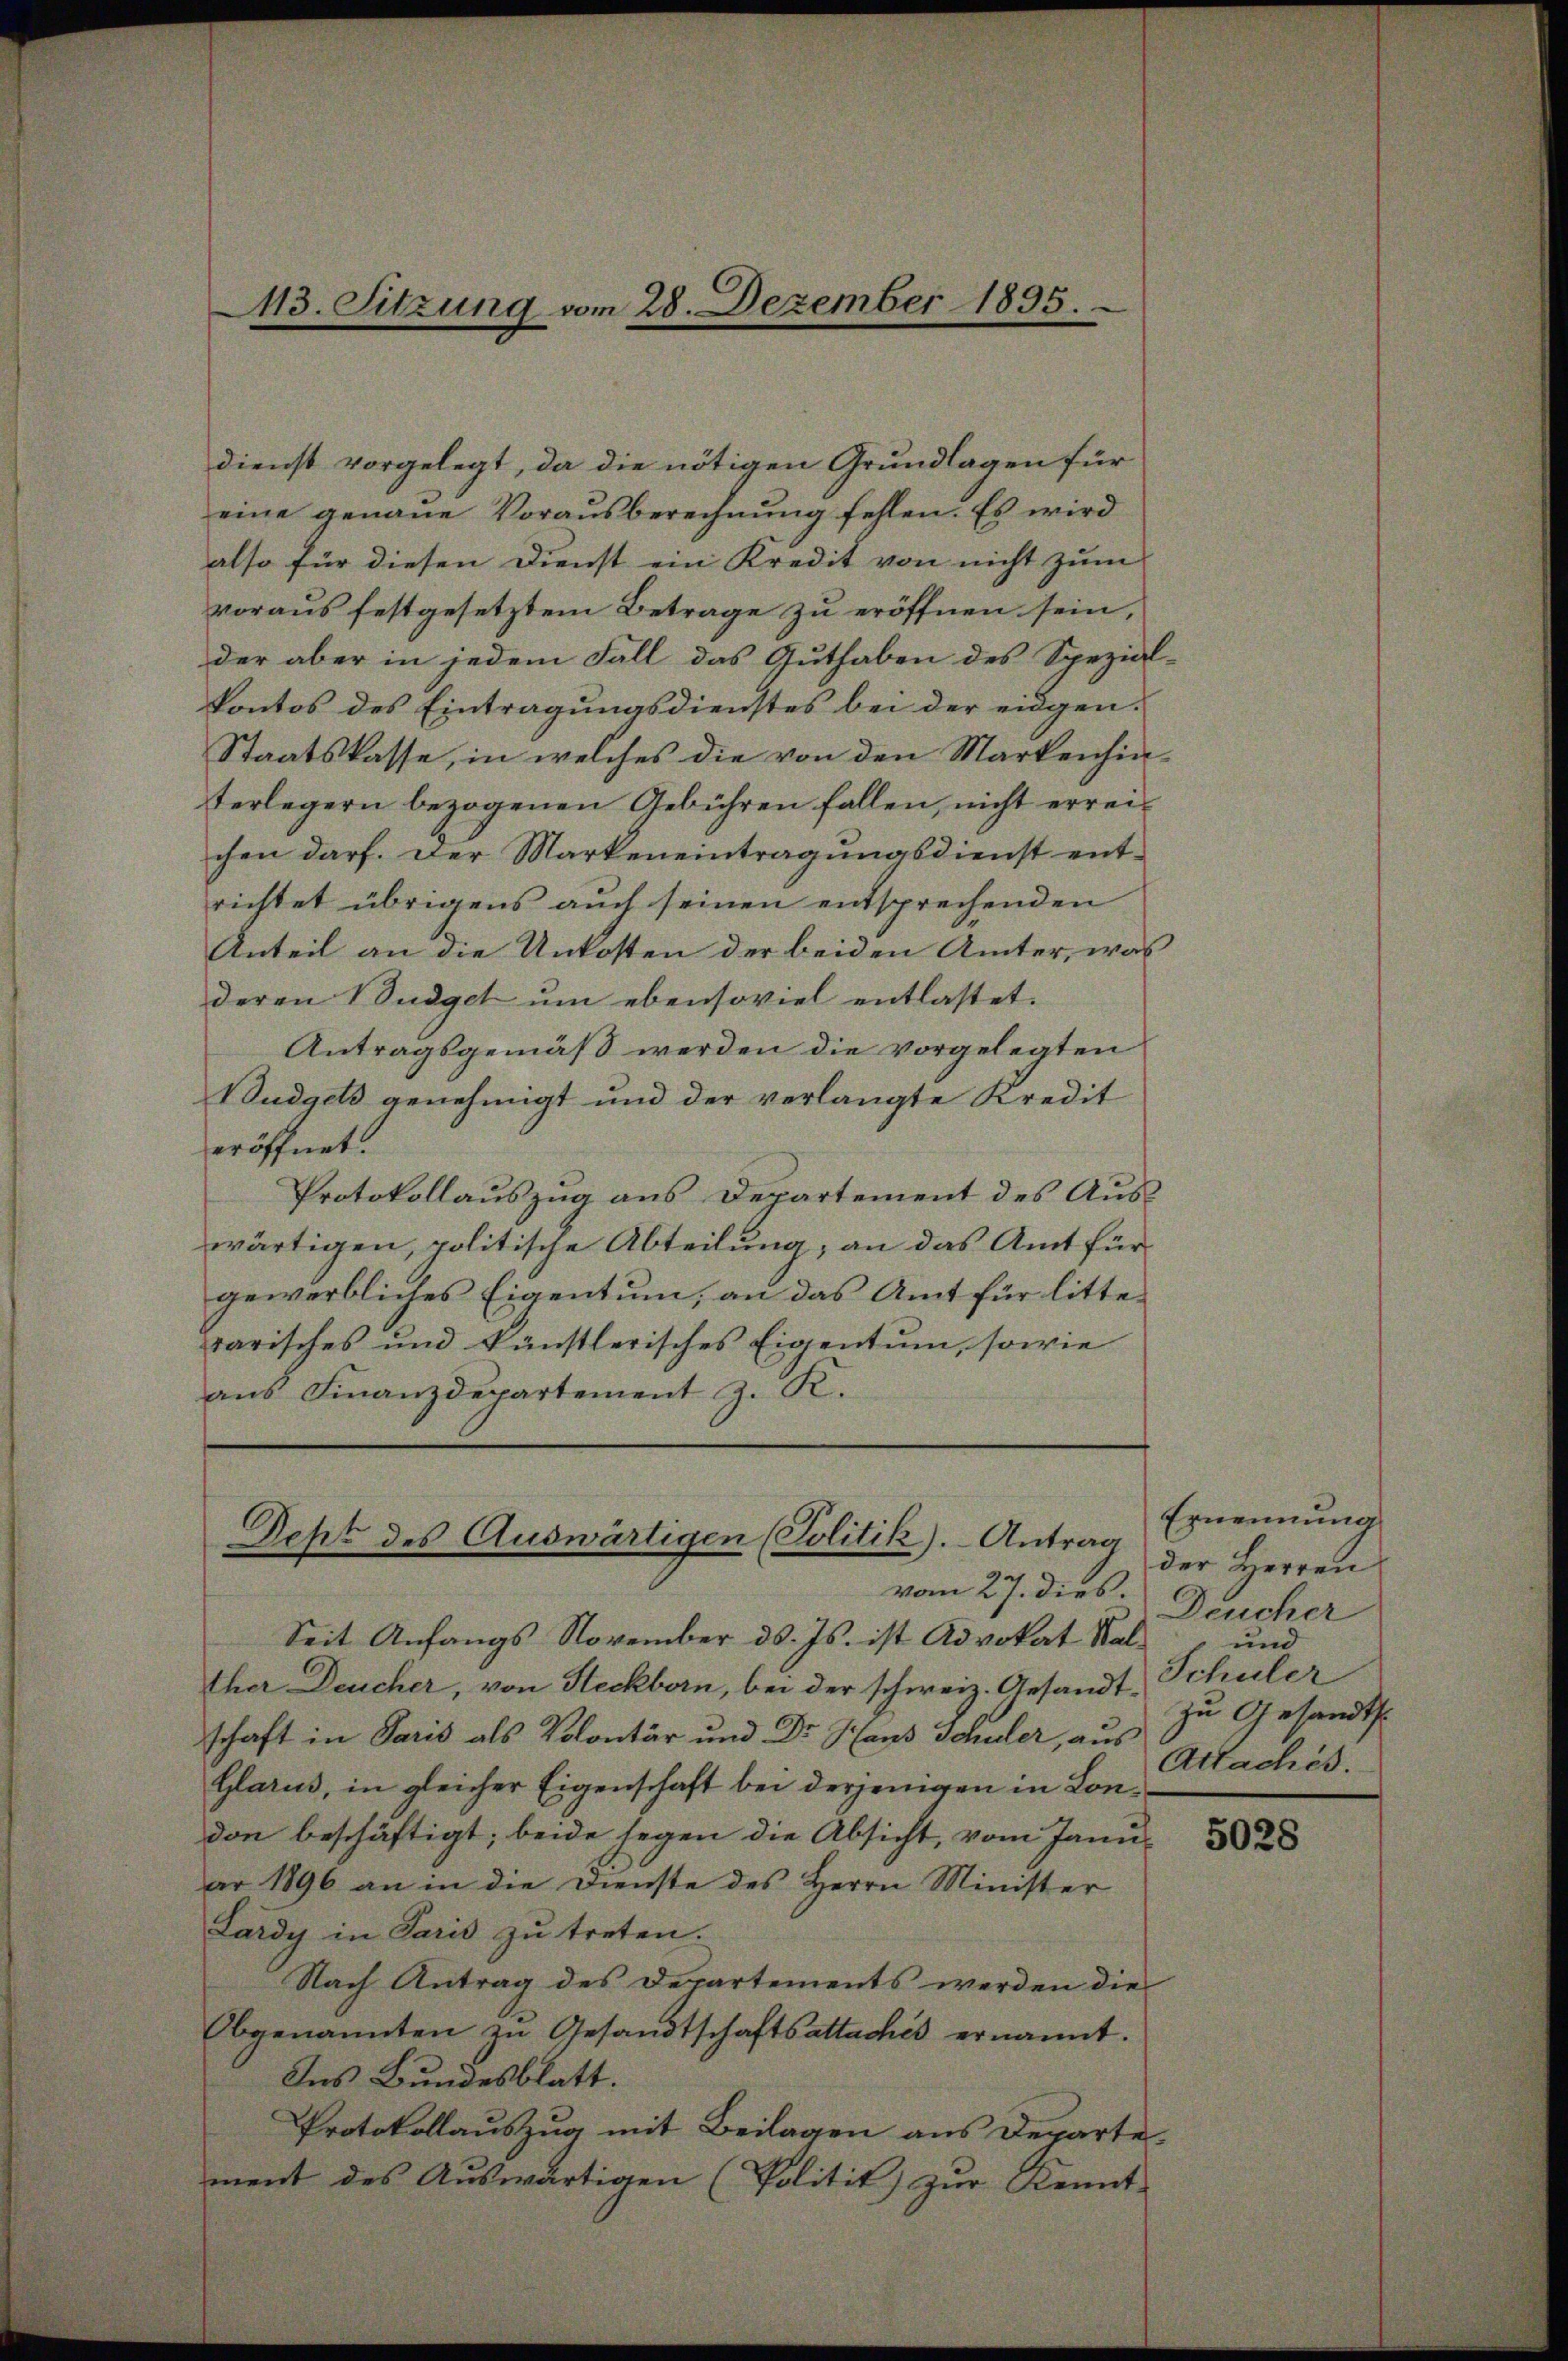
113. Sitzung vom 28. Dezember 1895.

dienst vorgelegt, da die nötigen Grundlagen für
eine genaue Vorausberechnung fehlen. Es wird
also für diesen Dienst ein Kredit von nicht zum
voraus festgesetztem Betrage zu eröffnen sein,
der aber in jedem Fall das Authaben des Spezial-
kontos des Eintragungsdienstes bei der eidgen.
Staatskasse, in welches die von den Markenhinterlegern bezogenen Gebühren fallen, nicht erreichen darf. Der Markeneintragungsdienst entrichtet übrigens auch seinen entsprechenden
Anteil an die Unkosten der beiden Ämter, was
deren Budget um ebensoviel entlastet.
Antragsgemäß werden die vorgelegten
Budgets genehmigt und der verlangte Kredit
eröffnet.
Protokollauszug aus Departement des Auswärtigen, politische Abteilung, an das Amt fürgewerbliches Eigentum, an das Amt für litterarisches und künstlerisches Eigentum, sowie
ans Finanzdepartement z. K.

Deht des Auswärtigen (Politik).- Antrag

vom 27. dies
Seit Anfangs November ds. Js. ist Advokat Walther Deucher, von Steckborn, bei der schweiz. Gesandtschaft in Paris als Volontär und Dr. Hans Schuler, aus
Glarus, in gleicher Eigenschaft bei derjenigen in London beschäftigt; beide segen die Absicht, vom Janu-
ar 1896 an in die Dienste des Herrn Minister
Lardy in Paris zu treten.
Nach Antrag des Departements werden die
Obgenannten zŭ Gesandtschaftsattachés ernannt.
Ins Bundesblatt.
Protokollauszug mit Beilagen aus Departe
ment des Auswärtigen (Politik zur Kennt

Ernennung
der Herren
Deucher
und
Schüler
zu Gesandts
Attachés.

5028